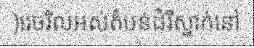
)រេចរិលអស់តំបន់ដំរីស្នាក់នៅ